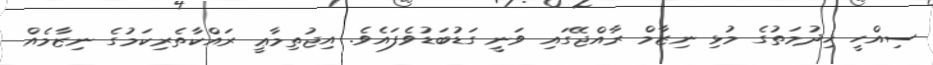
ސިއްހީ ޚިދުމަތުގެ މުޅި ނިޒާމް ރާއްޖޭގައި ވަނީ ގަޑުބަޑުވެފައެވެ. އިޖުތިމާޢީ ރައްކާތެރިކަމުގެ ނިޒާމެއް